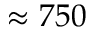
\approx 7 5 0